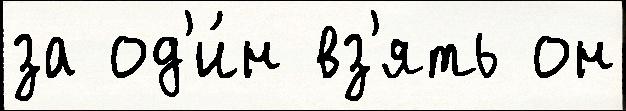
за од'и́н вз'ять он